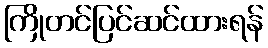
ကြိုတင်ပြင်ဆင်ထားရန်